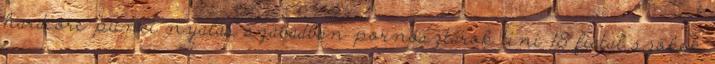
hardcore punci nyalás szabadban pornósztárok tini 18 fiatal szőkék